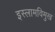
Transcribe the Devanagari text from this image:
इस्लामविमुख